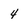
Character: 4